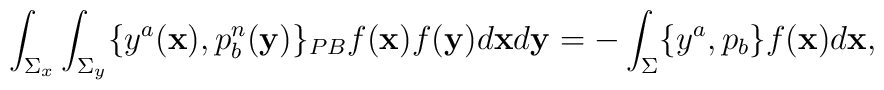
\int_{\Sigma_x}\int_{\Sigma_y}\{y^a({\bf x}), p^n_b ({\bf y})\}_{PB}f({\bf x})f({\bf y}) d{\bf x}d{\bf y} = -\int_{\Sigma}\{y^a,p_b\} f({\bf x})d{\bf x},